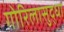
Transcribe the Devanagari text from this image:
गोरिलासुद्धा